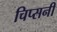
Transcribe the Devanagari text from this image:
चिप्सनी